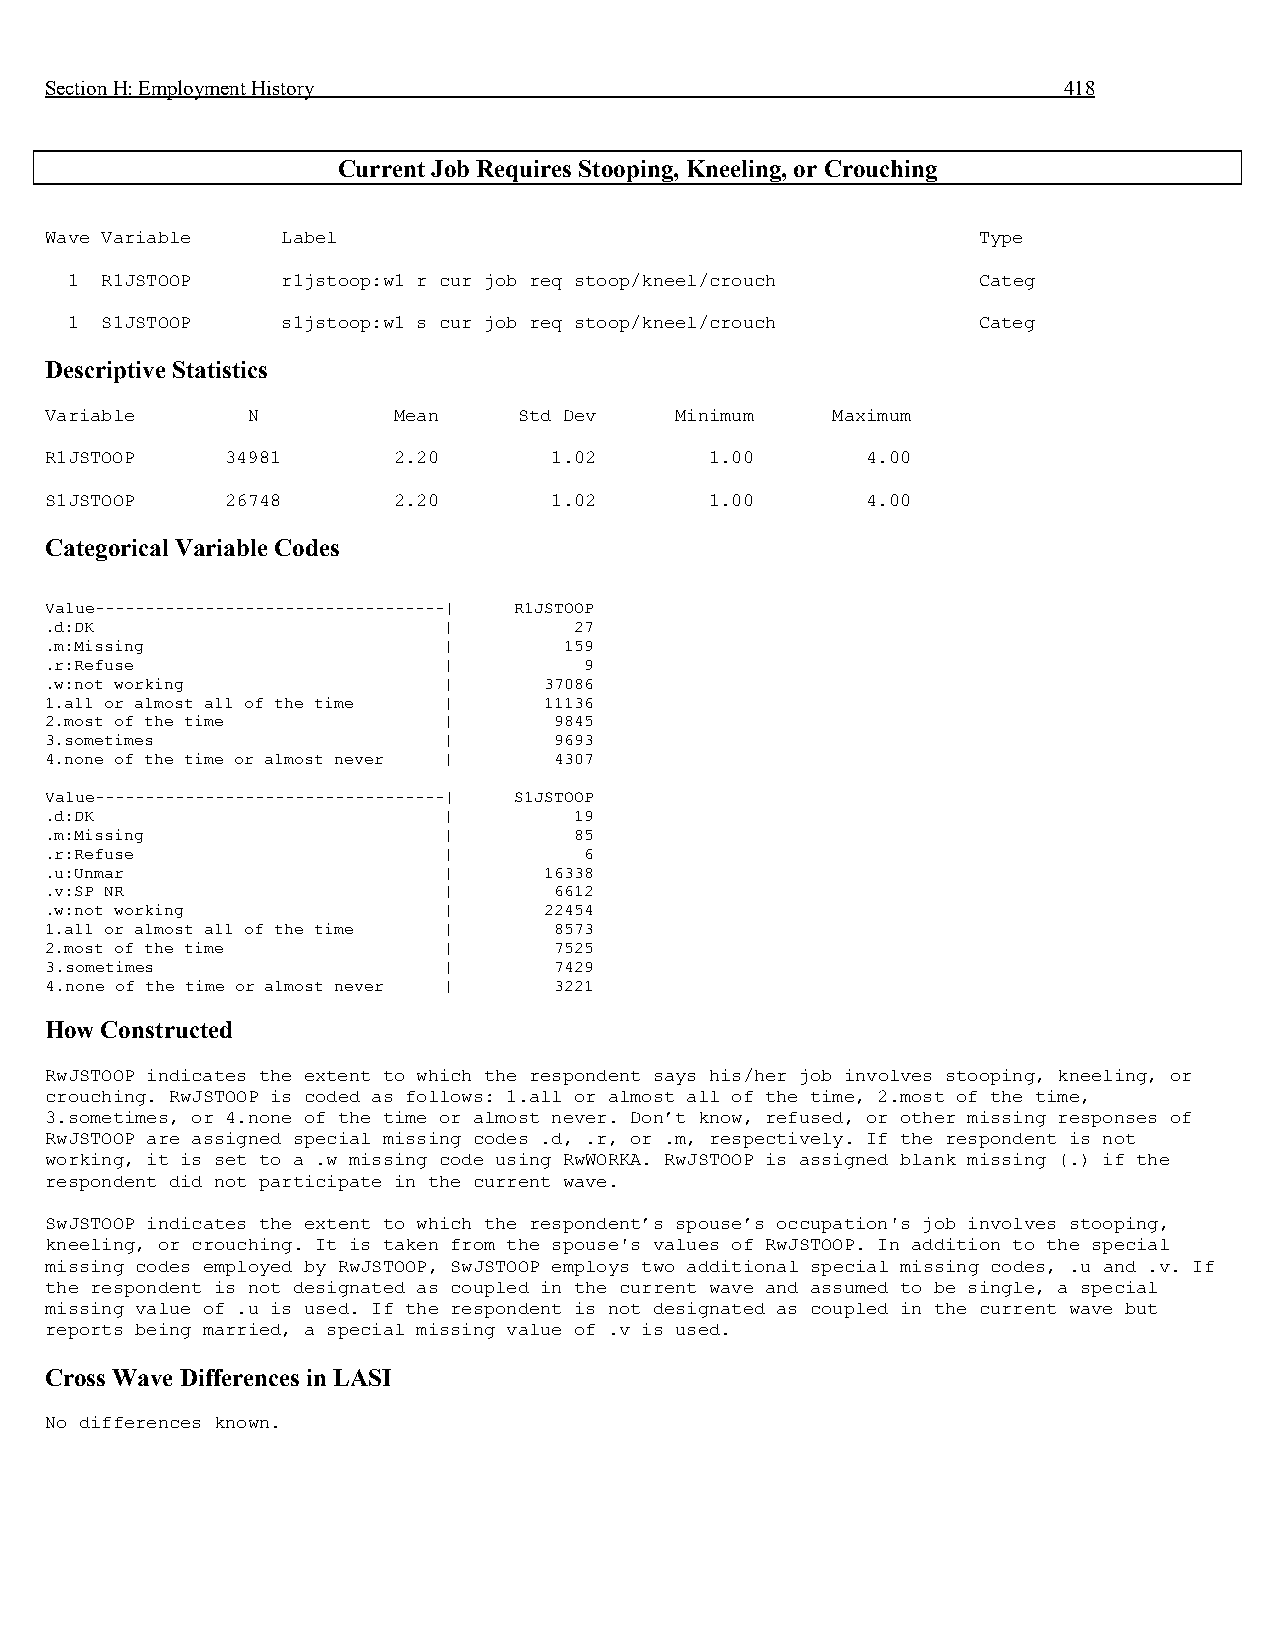
Section H: Employment History                                      418
 Current Job Requires Stooping, Kneeling, or Crouching
 Wave Variable   Label                                         Type
 1  R1JSTOOP    r1jstoop:w1 r cur job req stoop/kneel/crouch  Categ
 1  S1JSTOOP    s1jstoop:w1 s cur job req stoop/kneel/crouch  Categ
 Descriptive Statistics
 Variable     N         Mean    Std Dev    Minimum   Maximum
 R1JSTOOP    34981      2.20      1.02       1.00      4.00
 S1JSTOOP    26748      2.20      1.02       1.00      4.00
 Categorical Variable Codes
 Value-----------------------------------| R1JSTOOP
 .d:DK                     |        27
 .m:Missing                |       159
 .r:Refuse                 |         9
 .w:not working            |      37086
 1.all or almost all of the time | 11136
 2.most of the time        |       9845
 3.sometimes               |       9693
 4.none of the time or almost never | 4307
 Value-----------------------------------| S1JSTOOP
 .d:DK                     |        19
 .m:Missing                |        85
 .r:Refuse                 |         6
 .u:Unmar                  |      16338
 .v:SP NR                  |       6612
 .w:not working            |      22454
 1.all or almost all of the time | 8573
 2.most of the time        |       7525
 3.sometimes               |       7429
 4.none of the time or almost never | 3221
 How Constructed
 RwJSTOOP indicates the extent to which the respondent says his/her job involves stooping, kneeling, or
 crouching. RwJSTOOP is coded as follows: 1.all or almost all of the time, 2.most of the time,
 3.sometimes, or 4.none of the time or almost never. Don’t know, refused, or other missing responses of
 RwJSTOOP are assigned special missing codes .d, .r, or .m, respectively. If the respondent is not
 working, it is set to a .w missing code using RwWORKA. RwJSTOOP is assigned blank missing (.) if the
 respondent did not participate in the current wave.
 SwJSTOOP indicates the extent to which the respondent’s spouse’s occupation's job involves stooping,
 kneeling, or crouching. It is taken from the spouse's values of RwJSTOOP. In addition to the special
 missing codes employed by RwJSTOOP, SwJSTOOP employs two additional special missing codes, .u and .v. If
 the respondent is not designated as coupled in the current wave and assumed to be single, a special
 missing value of .u is used. If the respondent is not designated as coupled in the current wave but
 reports being married, a special missing value of .v is used.
 Cross Wave Differences in LASI
 No differences known.